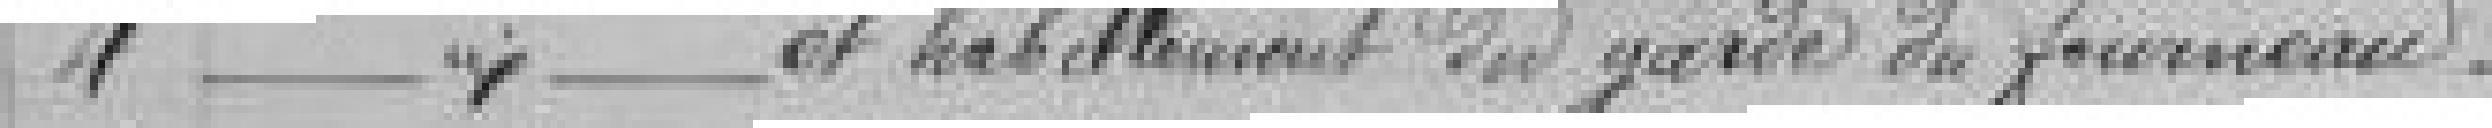
4 Traitement et habillement du garde du fourneau